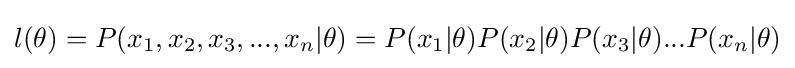
l(\theta )=P(x_{1},x_{2},x_{3},...,x_{n}|\theta )=P(x_{1}|\theta )P(x_{2}|\theta )P(x_{3}|\theta )...P(x_{n}|\theta )